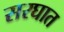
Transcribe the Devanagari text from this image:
सरघात